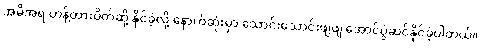
အမိအရ ဟန့်တားပိတ်ဆို့ နိုင်ခဲ့လို့ နောက်ဆုံးမှာ သောင်းသောင်းဖျဖျ အောင်ပွဲဆင်နိုင်ခဲ့ပါတယ်။